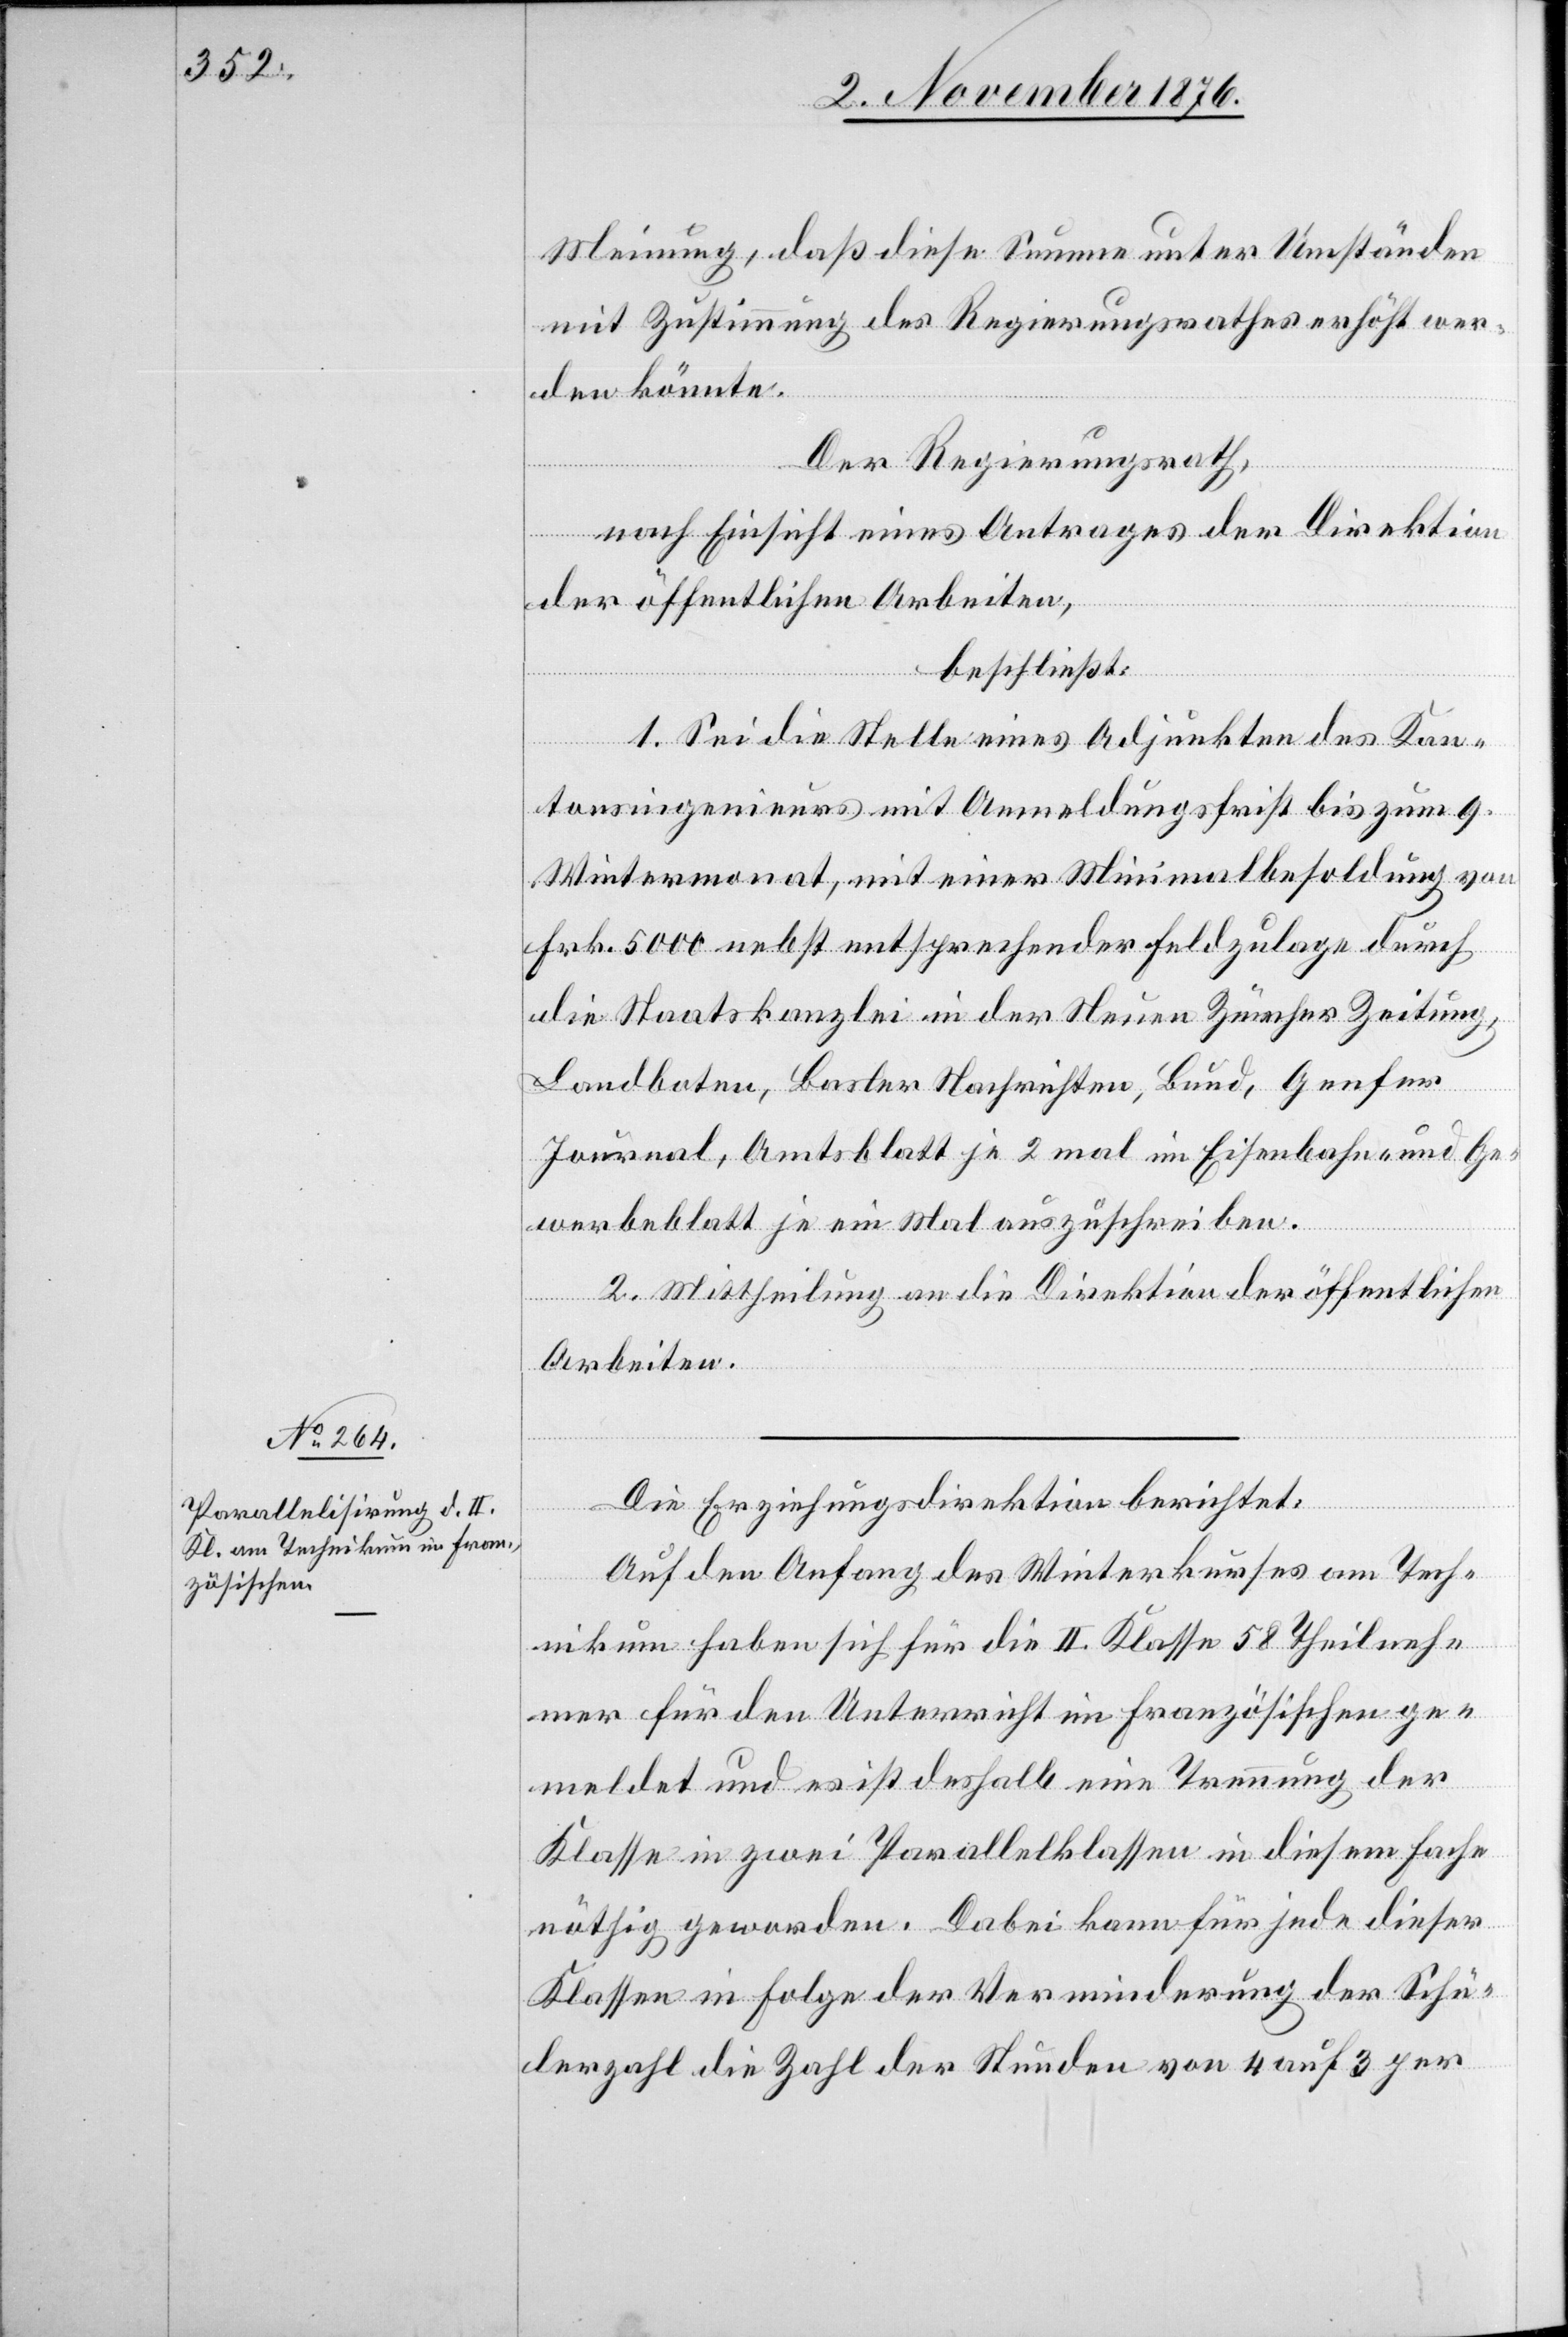
Meinung, daß diese Summe unter Umständen
mit Zustimmung des Regierungsrathes erhöht wer¬
den könnte.
Der Regierungsrath,
nach Einsicht eines Antrages der Direktion
der öffentlichen Arbeiten,
beschließt:
1. Sei die Stelle eines Adjunkten des Kan¬
tonsingenieurs mit Anmeldungsfrist bis zum 9.
Wintermonat, mit einer Minimalbesoldung von
Frk. 5000 nebst entsprechender Feldzulage durch
die Staatskanzlei in der Neuen Zürcher Zeitung,
Landboten, Basler Nachrichten, Bund, Genfer
Journal, Amtsblatt je 2 mal im Eisenbahn- und Ge¬
werbeblatt je ein Mal auszuschreiben.
2. Mittheilung an die Direktion der öffentlichen
Arbeiten.
Die Erziehungsdirektion berichtet:
Auf den Anfang des Winterkurses am Tech¬
nikum haben sich für die II. Klasse 58 Theilneh¬
mer für den Unterricht im Französischen ge¬
meldet und es ist deshalb eine Trennung der
Klasse in zwei Parallelklassen in diesem Fache
nöthig geworden. Dabei kann für jede dieser
Klassen in Folge der Verminderung der Schü¬
lerzahl die Zahl der Stunden von 4 auf 3 per